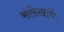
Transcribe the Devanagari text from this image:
संलेखांचे